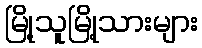
မြို့သူမြို့သားများ